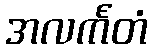
အလင်္ကတံ